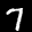
Label: 7